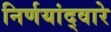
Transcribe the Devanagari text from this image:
निर्णयांद्वारे